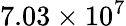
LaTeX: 7.03\times 10^{7}